Lunatic asylums Burma 1907-21 - 1907-1921
Year: 1907
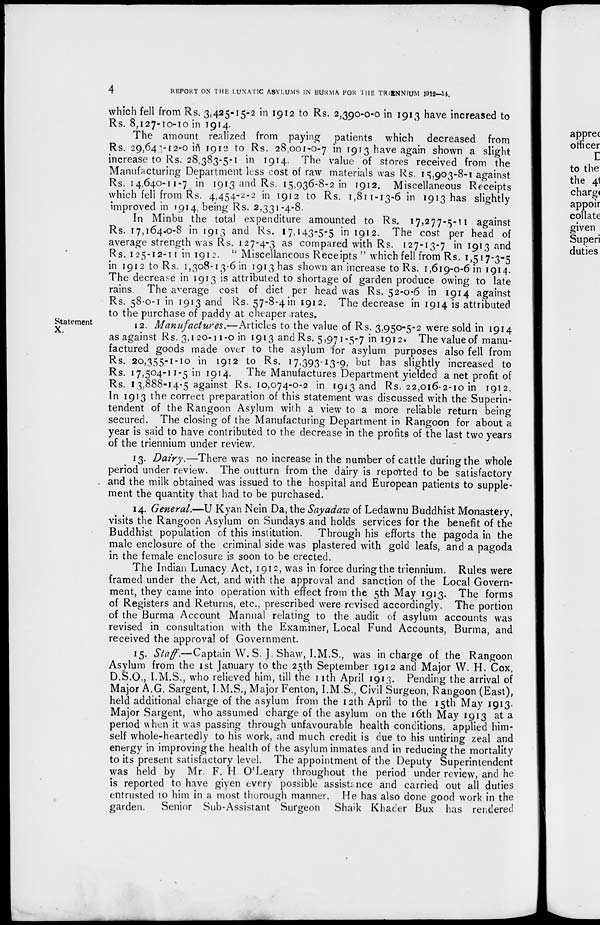
4
REPORT ON THE LUNATIC ASYLUMS IN BURMA FOR THE TRIENNIUM 1912—14.
which fell from Rs. 3,425-15-2 in 1912 to Rs. 2,390-0-0 in 1913 have increased to
Rs. 8,127-10-10 in 1914.
The amount realized from paying patients which decreased from
Rs. 29,648-12-0 in 1912 to Rs. 28,001-0-7 in 1913 have again shown a slight
increase to Rs. 28,383-5-1 in 1914. The value of stores received from the
Manufacturing Department less cost of raw materials was Rs. 15,903-8-1 against
Rs. 14,640-11-7 in 1913 and Rs. 15,936-8-2 in 1912. Miscellaneous Receipts
which fell from Rs. 4,454-2-2 in 1912 to Rs. 1,811-13-6 in 1913 has slightly
improved in 1914, being Rs. 2,331-4-8.
In Minbu the total expenditure amounted to Rs. 17,277-5-11 against
Rs. 17,164-0-8 in 1913 and Rs. 17,143-5-5 in 1912. The cost per head of
average strength was Rs. 127-4-3 as compared with Rs. 127-13-7 in 1913 and
Rs. 125-12-11 in 1912. " Miscellaneous Receipts " which fell from Rs. 1,517-3-5
in 1912 to Rs. 1,308-13-6 in 1913 has shown an increase to Rs. 1,619-0-6 in 1914.
The decrease in 1913 is attributed to shortage of garden produce owing to late
rains. The average cost of diet per head was Rs. 52-0-6 in 1914 against
Rs. 58-0-1 in 1913 and Rs. 57-8-4 in 1912. The decrease in 1914 is attributed
to the purchase of paddy at cheaper rates.
Statement
X.
12. Manufactures.—Articles to the value of Rs. 3,950-5-2 were sold in 1914
as against Rs. 3,120-11-0 in 1913 and Rs. 5,971-5-7 in 1912. The value of manu-
factured goods made over to the asylum for asylum purposes also fell from
Rs. 20,355-1-10 in 1912 to Rs. 17,393-13-9, but has slightly increased to
Rs. 17,504-11-5 in 1914. The Manufactures Department yielded a net profit of
Rs. 13,888-14-5 against Rs. 10,074-0-2 in 1913 and Rs. 22,016-2-10 in 1912.
In 1913 the correct preparation of this statement was discussed with the Superin-
tendent of the Rangoon Asylum with a view to a more reliable return being
secured. The closing of the Manufacturing Department in Rangoon for about a
year is said to have contributed to the decrease in the profits of the last two years
of the triennium under review.
13. Dairy.—There was no increase in the number of cattle during the whole
period under review. The outturn from the dairy is reported to be satisfactory
and the milk obtained was issued to the hospital and European patients to supple-
ment the quantity that had to be purchased.
14. General.—U Kyan Nein Da, the Sayadaw of Ledawnu Buddhist Monastery,
visits the Rangoon Asylum on Sundays and holds services for the benefit of the
Buddhist population of this institution. Through his efforts the pagoda in the
male enclosure of the criminal side was plastered with gold leafs, and a pagoda
in the female enclosure is soon to be erected.
The Indian Lunacy Act, 1912, was in force during the triennium. Rules were
framed under the Act, and with the approval and sanction of the Local Govern-
ment, they came into operation with effect from the 5th May 1913. The forms
of Registers and Returns, etc., prescribed were revised accordingly. The portion
of the Burma Account Manual relating to the audit of asylum accounts was
revised in consultation with the Examiner, Local Fund Accounts, Burma, and
received the approval of Government.
15. Staff.—Captain W. S. J, Shaw, I.M.S., was in charge of the Rangoon
Asylum from the 1st January to the 25th September 1912 and Major W. H. Cox,
D.S.O., I.M.S., who relieved him, till the 11th April 1913. Pending the arrival of
Major A.G. Sargent, I.M.S., Major Fenton, I.M.S., Civil Surgeon, Rangoon (East),
held additional charge of the asylum from the 12th April to the 15th May 1913.
Major Sargent, who assumed charge of the asylum on the 16th May 1913 at a
period when it was passing through unfavourable health conditions, applied him-
self whole-heartedly to his work, and much credit is due to his untiring zeal and
energy in improving the health of the asylum inmates and in reducing the mortality
to its present satisfactory level. The appointment of the Deputy Superintendent
was held by Mr. F. H O'Leary throughout the period under review, and he
is reported to have given every possible assistance and carried out all duties
entrusted to him in a most thorough manner. He has also done good work in the
garden.
Senior Sub-Assistant Surgeon Shaik Khader Bux has rendered